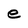
Character: e